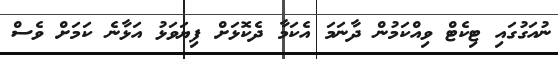
ނުއަގުގައި ޓިކެޓް ވިއްކަމުން ދާނަމަ އެކަމާ ދެކޮޅަށް ފިޔަވަޅު އަޅާނެ ކަމަށް ވެސް